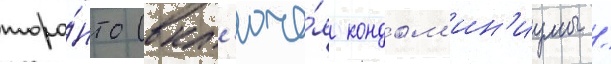
торо́нто (вкл'юча́я кондом'ин'иумы /